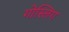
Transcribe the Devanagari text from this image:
गोस्लिग